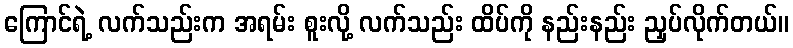
ကြောင်ရဲ့ လက်သည်းက အရမ်း စူးလို့ လက်သည်း ထိပ်ကို နည်းနည်း ညှပ်လိုက်တယ်။